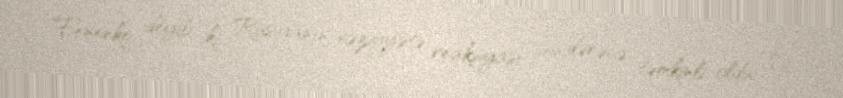
Fenenko deyib ki, Rusiyanın vəziyyətə reaksiyası son dərəcə təmkinli oldu: “O,